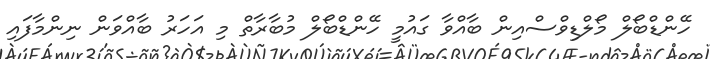
ހޭންޑްބޯލް މޯލްޑިވްސްއިން ބާއްވާ ގައުމީ ހޭންޑްބޯލް މުބާރާތް މި އަހަރު ބާއްވަން ނިންމާފައި